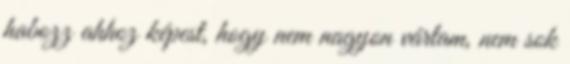
habozz ahhoz képest, hogy nem nagyon vártam, nem sok